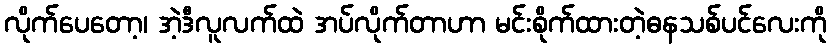
လိုက်ပေတော့၊ အဲ့ဒီလူလက်ထဲ အပ်လိုက်တာဟာ မင်းစိုက်ထားတဲ့ဓနသစ်ပင်လေးကို